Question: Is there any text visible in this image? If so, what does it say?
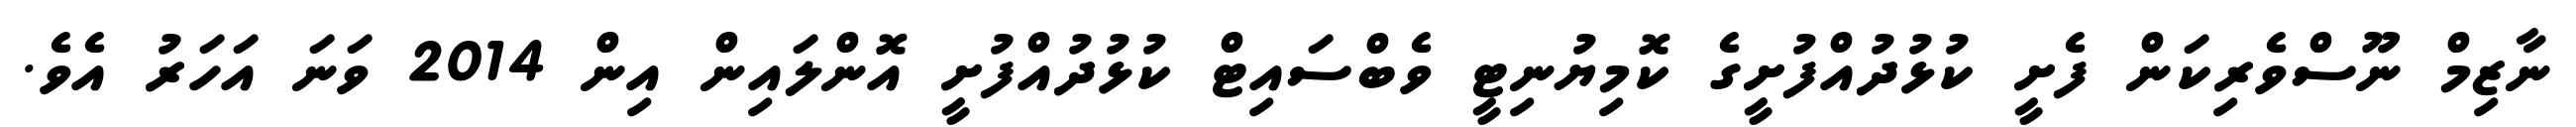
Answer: ނާޒިމް ނޫސްވެރިކަން ފެށީ ކުޅުދުއްފުށީގެ ކޮމިޔުނިޓީ ވެބްސައިޓް ކުޅުދުއްފުށީ އޮންލައިން އިން 2014 ވަނަ އަހަރު އެވެ.